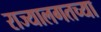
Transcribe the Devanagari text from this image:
राज्यालगतच्या